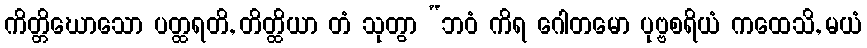
ကိတ္တိဃောသော ပတ္ထရတိ, တိတ္ထိယာ တံ သုတွာ “ဘဝံ ကိရ ဂေါတမော ပုဗ္ဗစရိယံ ကထေသိ, မယံ